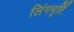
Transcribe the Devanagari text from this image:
लिंगमूर्ति